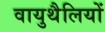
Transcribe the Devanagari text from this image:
वायुथैलियों